Leaving Certificate Examination (including Day School Certificate (Higher) General paper), 1935
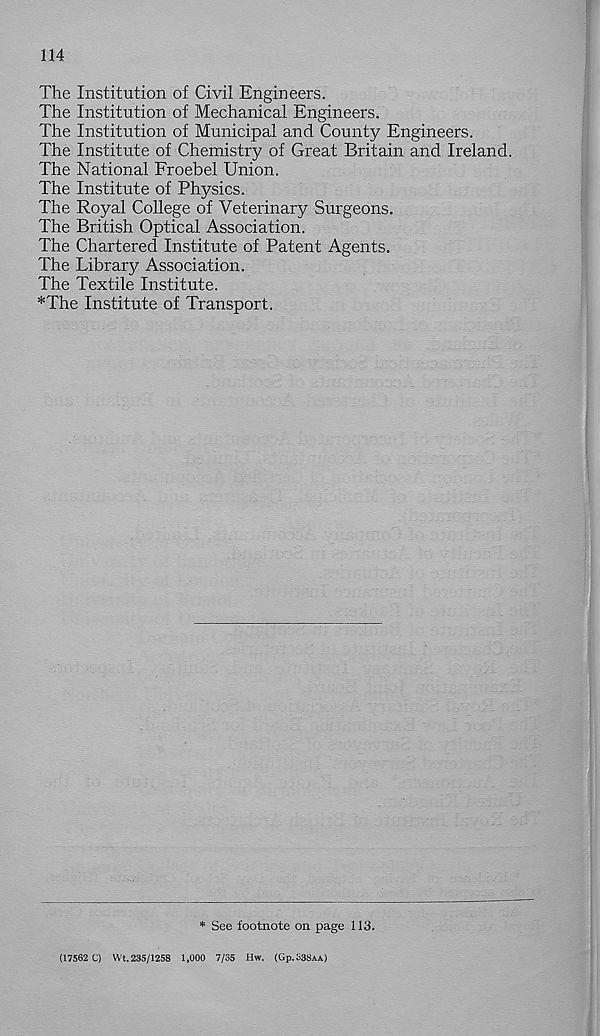
114
The Institution of Civil Engineers.
The Institution of Mechanical Engineers.
The Institution of Municipal and County Engineers.
The Institute of Chemistry of Great Britain and Ireland.
The National Froebel Union.
The Institute of Physics.
The Royal College of Veterinary Surgeons.
The British Optical Association.
The Chartered Institute of Patent Agents.
The Library Association.
The Textile Institute.
*The Institute of Transport.
* See footnote on page 113.
(17562 C) Wt. 235/1258 1,000 7/35 Hw. (G P .338aa)